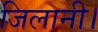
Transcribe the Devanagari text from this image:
जिलानी।